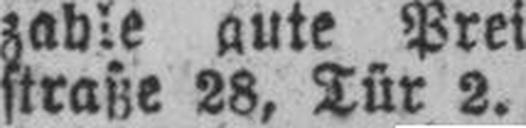
straße 28, Tür 2.